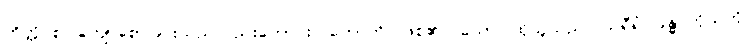
ကိတ္တိ စ၊ ကျော်စောခြင်းသည်လည်းကောင်း။ ဟောတိ၊ ဖြစ်၏။ သော၊ ထိုသူသည်။ သရီရံ၊ ခန္ဓာကိုယ်ကို။